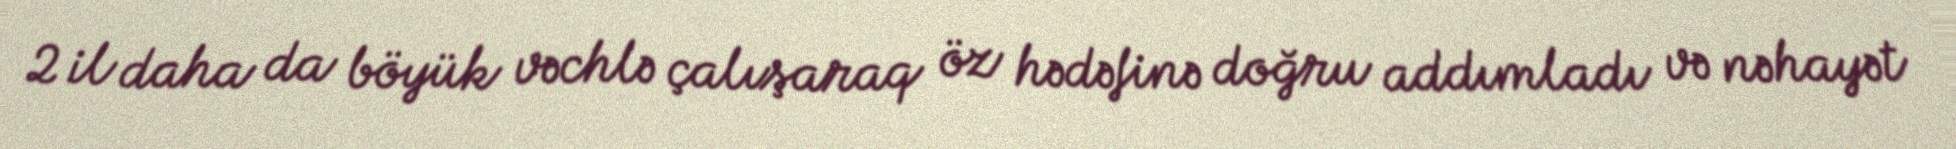
2 il daha da böyük vəchlə çalışaraq öz hədəfinə doğru addımladı və nəhayət